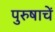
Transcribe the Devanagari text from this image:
पुरुषाचें